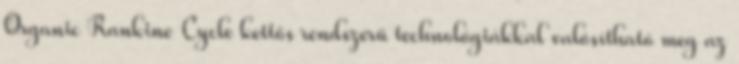
Organic Rankine Cycle kettős rendszerű technológiákkal valósítható meg az